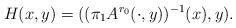
LaTeX: \begin{align*} H(x,y) = ((\pi_{1} A^{r_0} (\cdot, y))^{-1}(x), y).\end{align*}